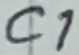
Text: C1